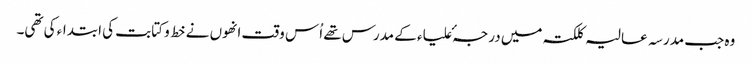
وہ جب مدرسہ عالیہ کلکتہ میں درجہٴ علیاء کے مدرس تھے اُس وقت انھوں نے خط و کتابت کی ابتداء کی تھی۔